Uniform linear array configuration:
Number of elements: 8
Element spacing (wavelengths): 0.5
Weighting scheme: binomial
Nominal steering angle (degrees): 30
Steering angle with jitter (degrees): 31.95
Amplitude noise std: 0.05
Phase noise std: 0.05

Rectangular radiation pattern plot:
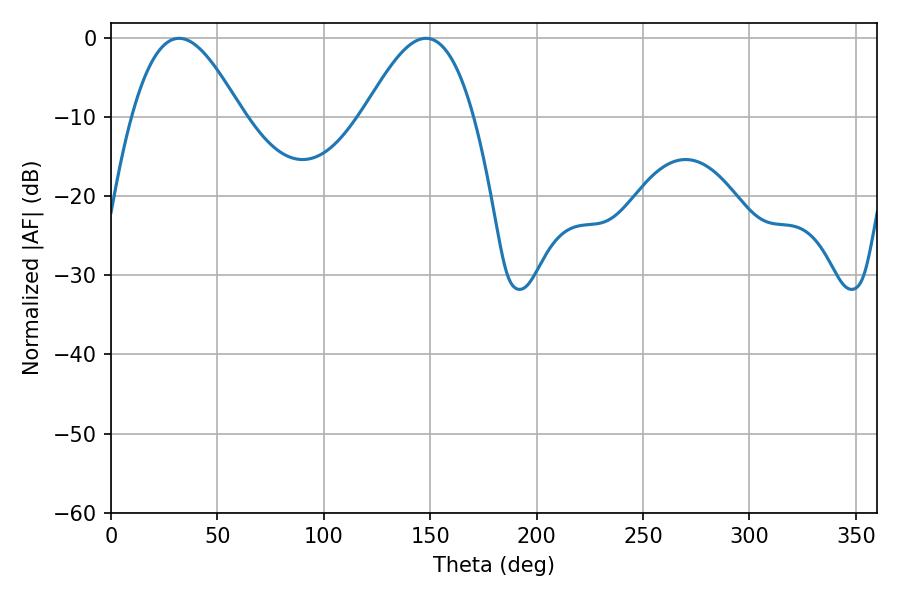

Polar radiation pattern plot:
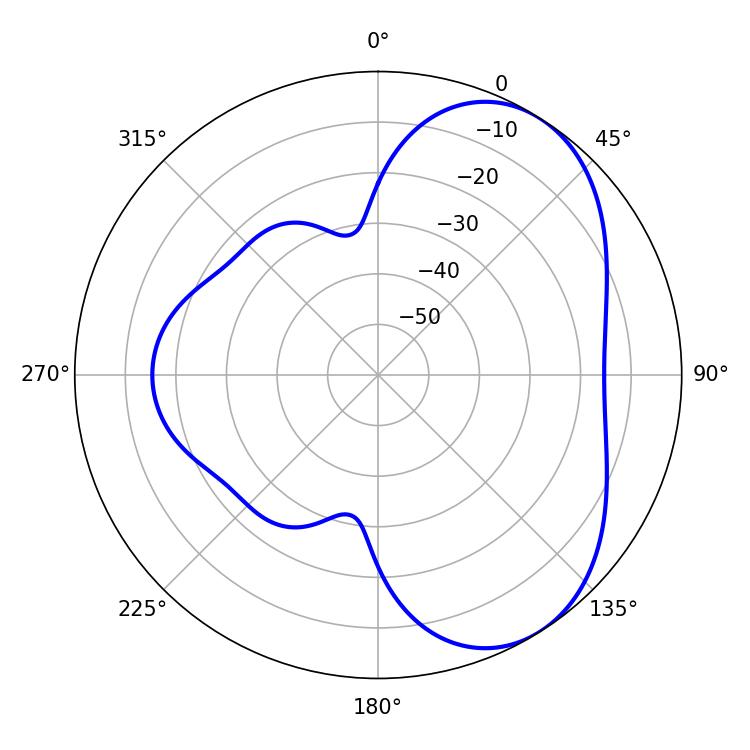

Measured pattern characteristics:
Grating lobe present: FALSE
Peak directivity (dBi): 5.271
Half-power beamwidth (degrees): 27.9
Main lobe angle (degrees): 32.04